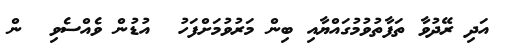
އަދި ރޭދުވާ ތަފާތުވުމުގައްޔާއި ބިން މަރުވުމަށްފަހު  އުޑުން ވެއްސެވި  ން